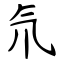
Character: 氘